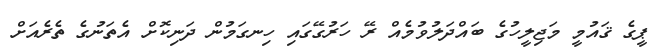
ޕީގެ ޤައުމީ މަޖިލީހުގެ ބައްދަލުވުމެއް ރޭ ހަރުގޭގައި ހިނގަމުން ދަނިކޮށް އެތަނުގެ ތެރެއަށް